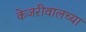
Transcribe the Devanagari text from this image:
केजरीवालच्या